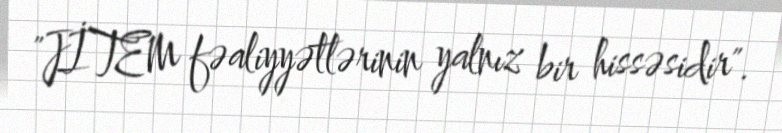
"JİTEM fəaliyyətlərinin yalnız bir hissəsidir".